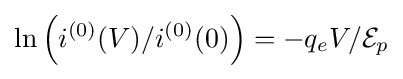
\ln \left(i^{(0)}(V)/i^{(0)}(0)\right)=-q_{e}V/{\mathcal {E}}_{p}